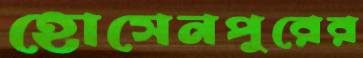
হোসেনপুরের